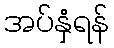
အပ်နှံရန်